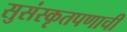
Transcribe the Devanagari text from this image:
सुसंस्कृतपणाची